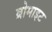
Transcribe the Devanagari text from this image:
ब्रोमाइट